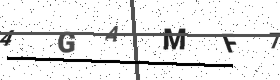
Text: 4GAMF7